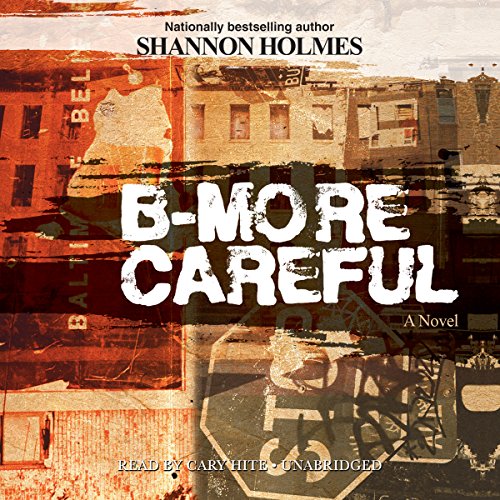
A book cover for B-More Careful: A Novel; Shannon Holmes; Literature & Fiction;